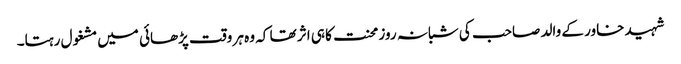
شہید خاور کے والد صاحب کی شبانہ روز محنت کا ہی اثر تھا کہ وہ ہر وقت پڑھائی میں مشغول رہتا۔